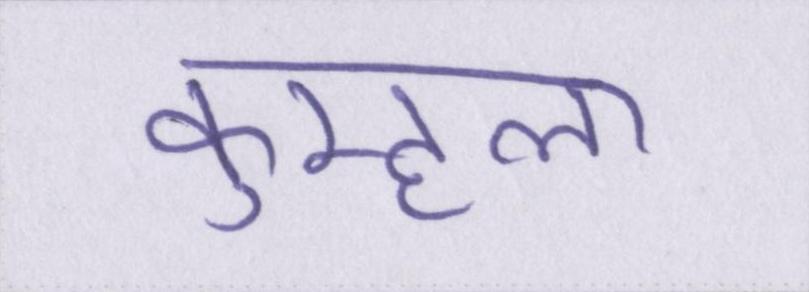
कुम्हला